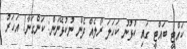
ކައްޓީ ބައްޓީ ގައި ކުޅުނު ކަހަލަ ރޯލެއް ދެން ނުކުޅޭނަން: ކަންގަނާ1 އަހަރު